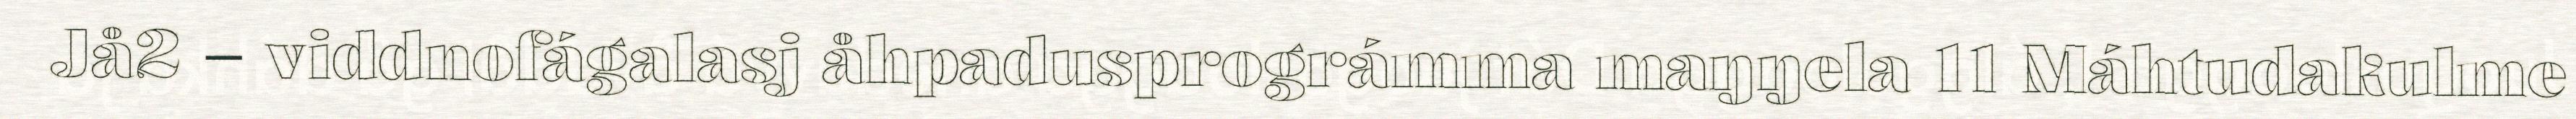
Jå2 – viddnofágalasj åhpadusprográmma maŋŋela 11 Máhtudakulme